Senior Leaving Certificate Examination (including Day School Certificate (Higher) General paper), 1949
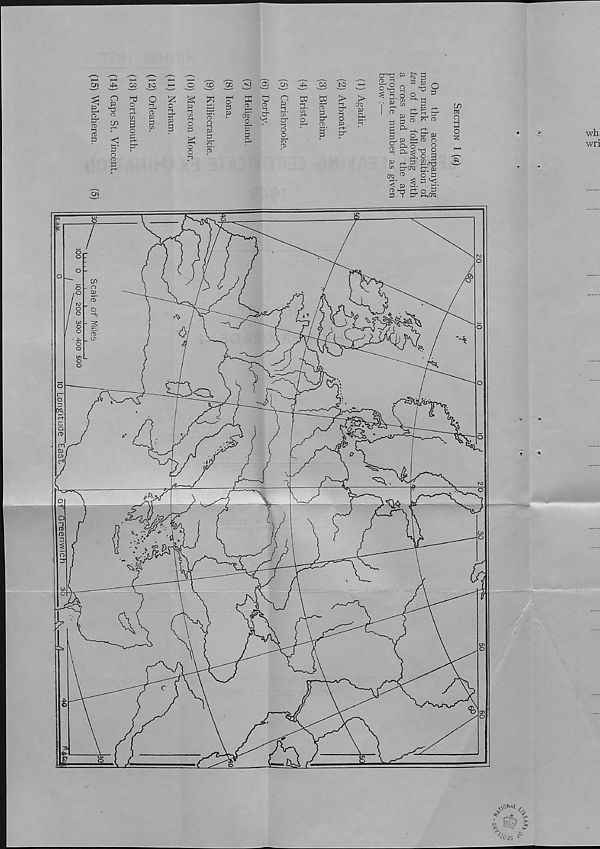
f cK
?,
-, C>
^c ! 3S ' *'
?i/V4^